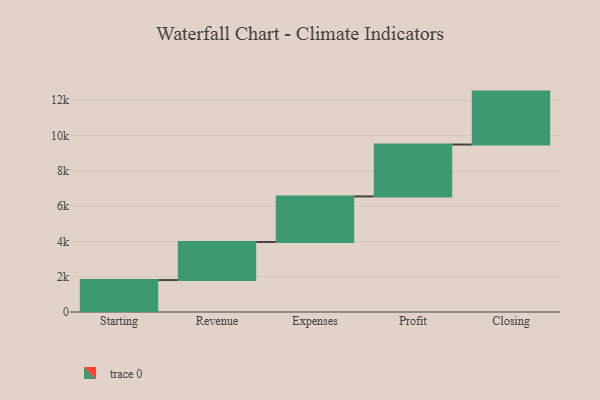
{"axis": {"x": "Step", "y": "Value"}, "legend": [""], "data": [{"x": "Starting", "y": 1809.0, "type": ""}, {"x": "Revenue", "y": 2156.0, "type": ""}, {"x": "Expenses", "y": 2585.0, "type": ""}, {"x": "Profit", "y": 2939.0, "type": ""}, {"x": "Closing", "y": 3000, "type": ""}]}